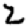
Digit: 2